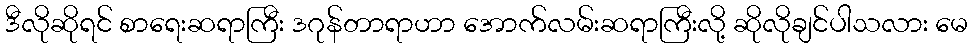
ဒီလိုဆိုရင် စာရေးဆရာကြီး ဒဂုန်တာရာဟာ အောက်လမ်းဆရာကြီးလို့ ဆိုလိုချင်ပါသလား မေ